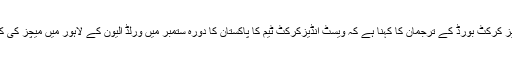
دوسری جانب ویسٹ انڈیز کرکٹ بورڈ کے ترجمان کا کہنا ہے کہ ویسٹ انڈیزکرکٹ ٹیم کا پاکستان کا دورہ ستمبر میں ورلڈ الیون کے لاہور میں میچز کی کامیابی سے مشروط ہے۔